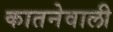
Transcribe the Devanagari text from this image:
कातनेवाली